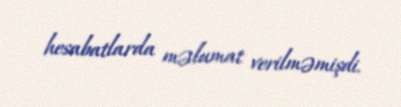
hesabatlarda məlumat verilməmişdi.